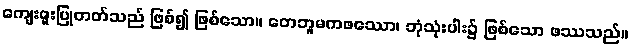
ကျေးဇူးပြုတတ်သည် ဖြစ်၍ ဖြစ်သော။ တေဘူမကဖဿော၊ ဘုံသုံးပါး၌ ဖြစ်သော ဖဿသည်။